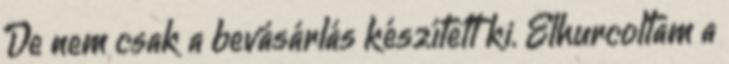
De nem csak a bevásárlás készített ki. Elhurcoltam a